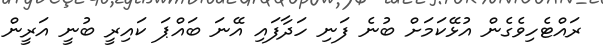
ރައްޓެހިވެގެން އުޅޭކަމަށް ބުނެ ފަނި ހަދާފައި އޭނަ ބައްޕަ ކައިރީ ބުނީ އަރީން